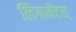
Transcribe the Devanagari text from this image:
लिगामेंटस्